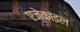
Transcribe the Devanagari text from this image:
एज़ेकाइल